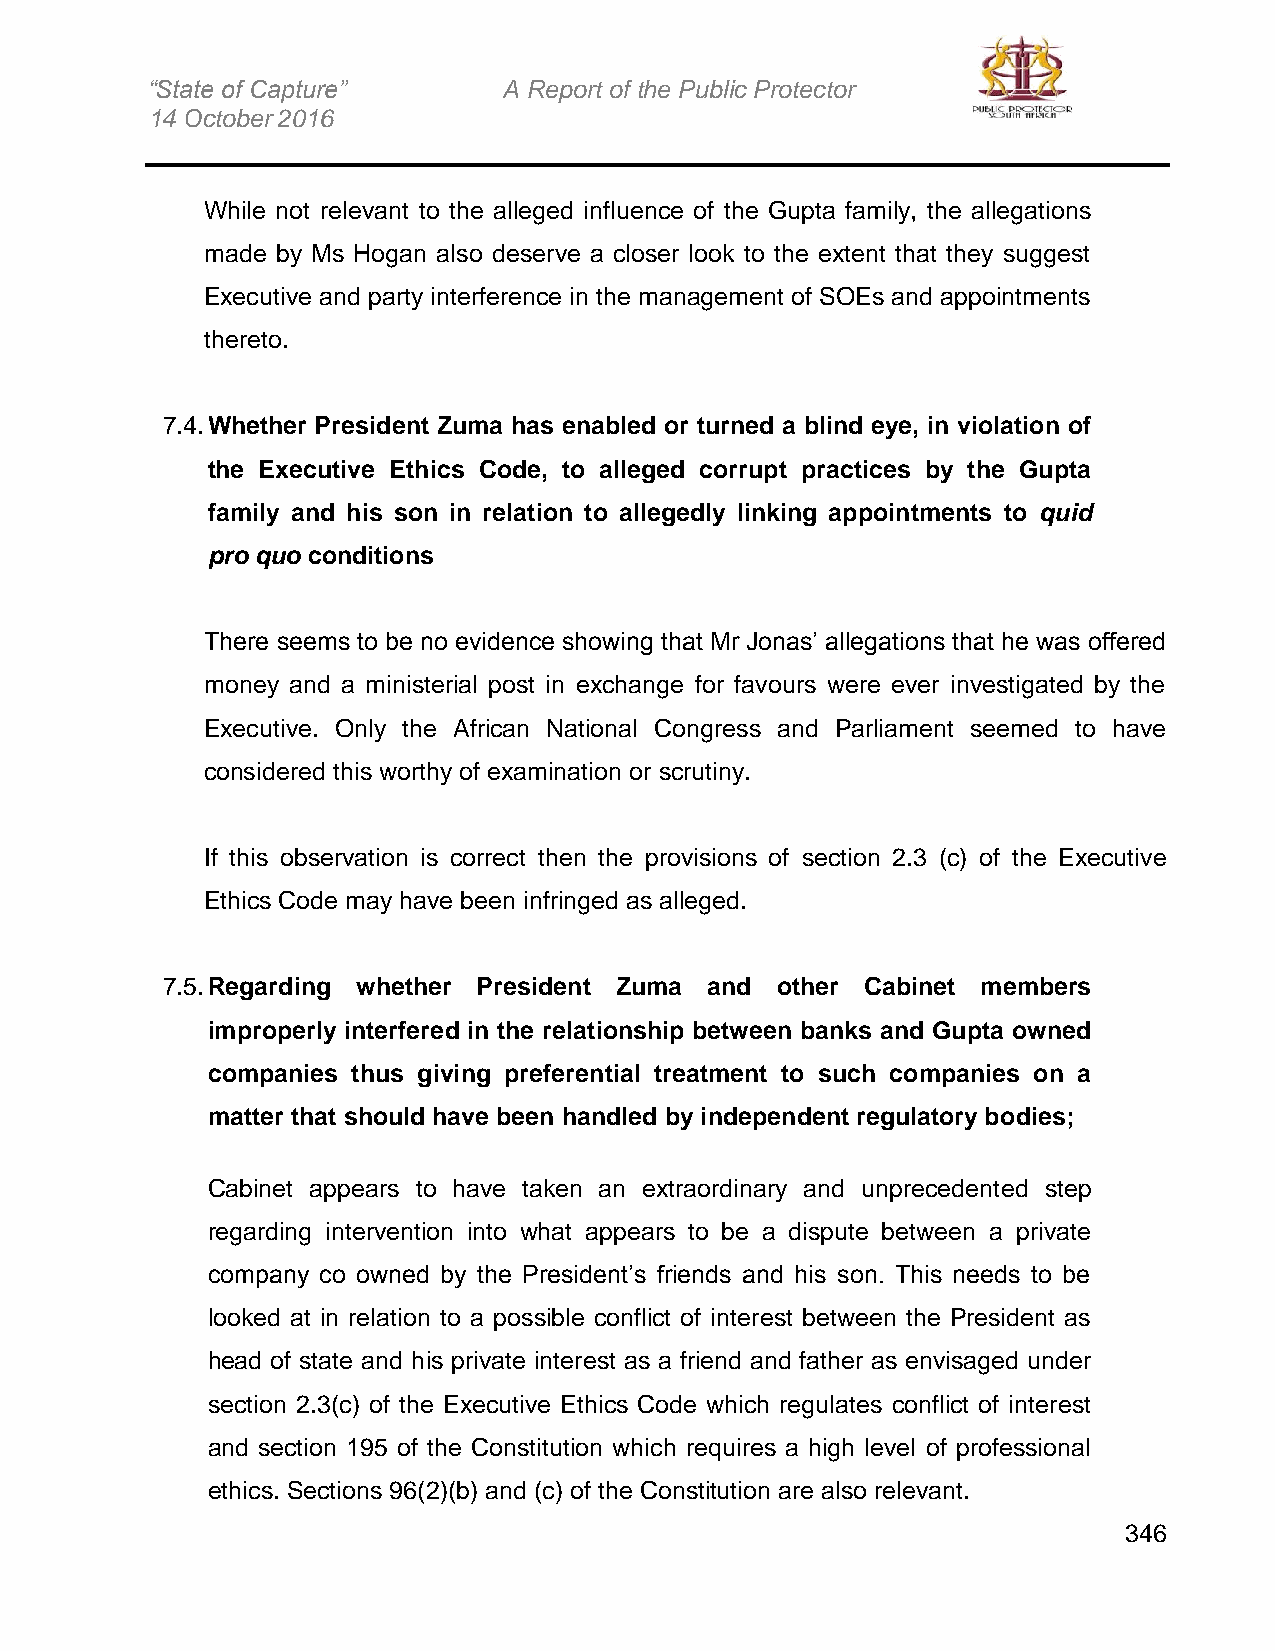
“State of Capture”     A Report of the Public Protector
 14 October 2016
 While not relevant to the alleged influence of the Gupta family, the allegations
 made by Ms Hogan also deserve a closer look to the extent that they suggest
 Executive and party interference in the management of SOEs and appointments
 thereto.
 7.4. Whether President Zuma has enabled or turned a blind eye, in violation of
 the Executive Ethics Code, to alleged corrupt practices by the Gupta
 family and his son in relation to allegedly linking appointments to quid
 pro quo conditions
 There seems to be no evidence showing that Mr Jonas’ allegations that he was offered
 money and a ministerial post in exchange for favours were ever investigated by the
 Executive. Only the African National Congress and Parliament seemed to have
 considered this worthy of examination or scrutiny.
 If this observation is correct then the provisions of section 2.3 (c) of the Executive
 Ethics Code may have been infringed as alleged.
 7.5. Regarding whether President Zuma and other Cabinet members
 improperly interfered in the relationship between banks and Gupta owned
 companies thus giving preferential treatment to such companies on a
 matter that should have been handled by independent regulatory bodies;
 Cabinet appears to have taken an extraordinary and unprecedented step
 regarding intervention into what appears to be a dispute between a private
 company co owned by the President’s friends and his son. This needs to be
 looked at in relation to a possible conflict of interest between the President as
 head of state and his private interest as a friend and father as envisaged under
 section 2.3(c) of the Executive Ethics Code which regulates conflict of interest
 and section 195 of the Constitution which requires a high level of professional
 ethics. Sections 96(2)(b) and (c) of the Constitution are also relevant.
 346